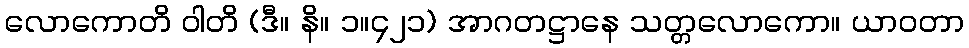
လောကောတိ ဝါတိ (ဒီ။ နိ။ ၁။၄၂၁) အာဂတဋ္ဌာနေ သတ္တလောကော။ ယာဝတာ